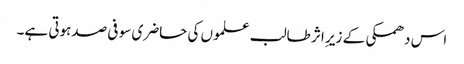
اس دھمکی کے زیرِ اثر طالب علموں کی حاضری سو فی صدہوتی ہے۔